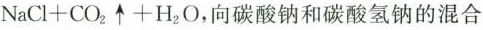
N a C l + C O _ { 2 } \uparrow + H _ { 2 } O$$，向碳酸钠和碳酸氢钠的混合